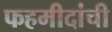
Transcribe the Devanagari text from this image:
फहमीदांची